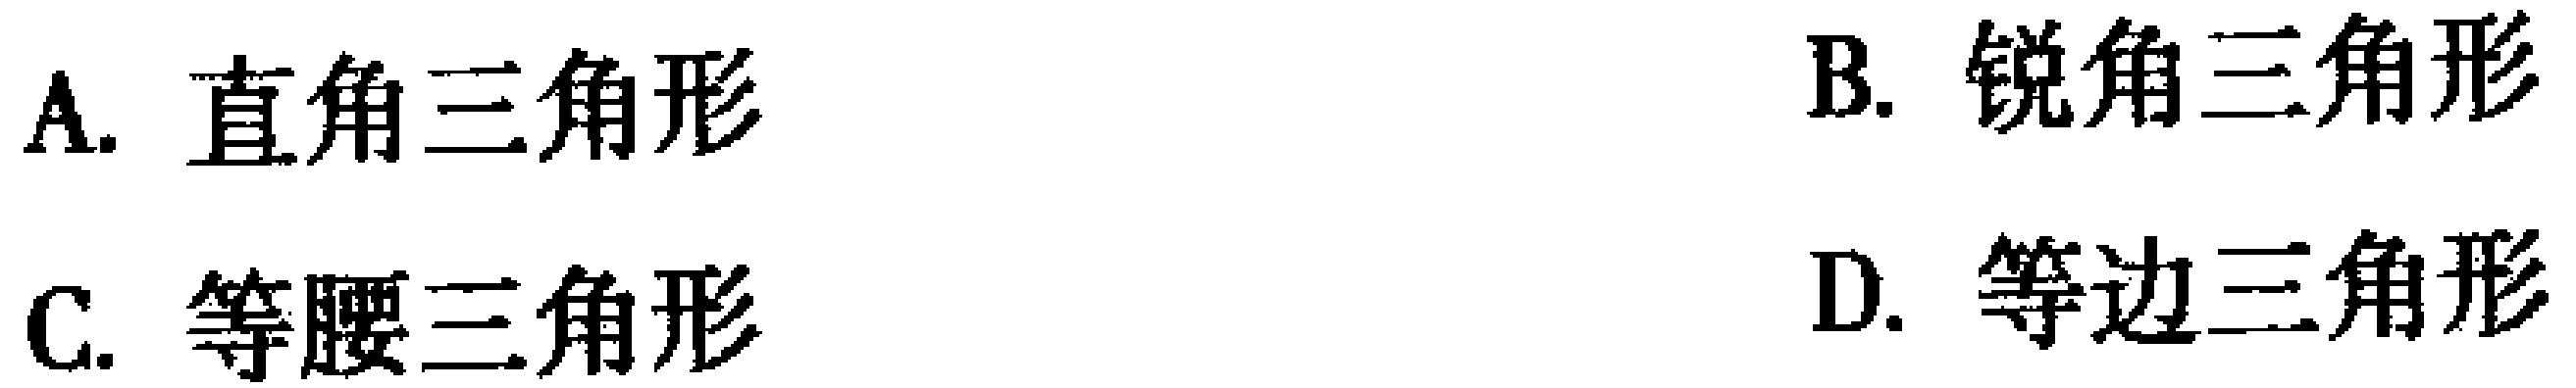
A. 直角三角形
B. 锐角三角形
C. 等腰三角形
D. 等边三角形